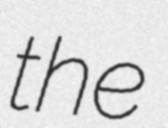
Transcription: the